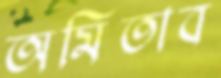
অমিতাব